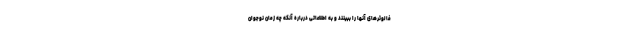
فالوئرهای آنها را ببینند و به اطلاعاتی درباره آنکه چه زمان نوجوان